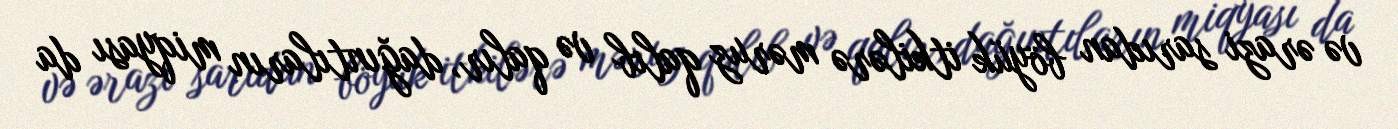
və ərazi sarıdan böyük itkilərə məruz qalıb və qalır, dağıntıların miqyası da